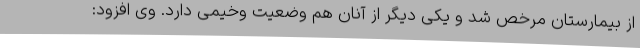
از بیمارستان مرخص شد و یکی دیگر از آنان هم وضعیت وخیمی دارد. وی افزود: